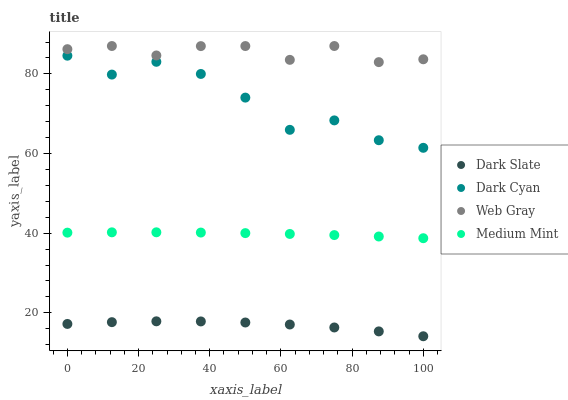
| xaxis_label | Dark Slate | Dark Cyan | Web Gray | Medium Mint |
 | --- | --- | --- | --- | --- |
 | 0 | 17.2 | 84.6 | 86.2 | 40.1 |
 | 12.5 | 17.7 | 79.8 | 87 | 40.2 |
 | 25 | 17.9 | 83 | 84.6 | 40.2 |
 | 37.5 | 17.8 | 80 | 87 | 40.2 |
 | 50 | 17.6 | 74 | 87 | 40 |
 | 62.5 | 17.1 | 66 | 83.5 | 39.8 |
 | 75 | 16.3 | 68.3 | 87 | 39.5 |
 | 87.5 | 15.3 | 63.3 | 83 | 39.2 |
 | 100 | 14.1 | 61.4 | 83.7 | 38.7 |